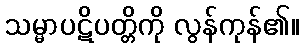
သမ္မာပဋိပတ္တိကို လွန်ကုန်၏။